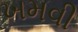
ખમવી